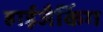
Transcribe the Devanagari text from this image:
हाईजैकिंग